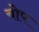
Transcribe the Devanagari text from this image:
योप